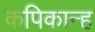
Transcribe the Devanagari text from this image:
कपिकान्ह